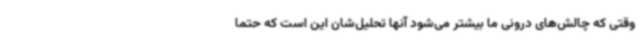
وقتی که چالش‌های درونی ما بیشتر می‌شود آنها تحلیل‌شان این است که حتما